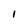
Character: 1